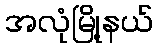
အလုံမြို့နယ်